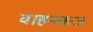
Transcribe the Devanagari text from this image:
वाहनकर्ज